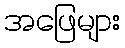
အဖြေများ